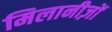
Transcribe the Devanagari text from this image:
मिलानीज़ों